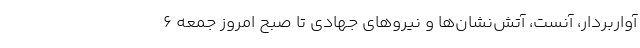
آواربردار، آنست، آتش‌نشان‌ها و نیروهای جهادی تا صبح امروز جمعه ۶